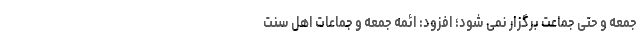
جمعه و حتی جماعت برگزار نمی شود؛ افزود: ائمه جمعه و جماعات اهل سنت